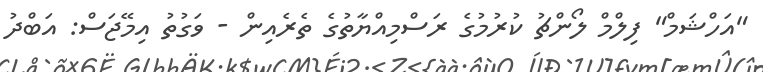
"އަހްޝަމް" ފިލްމް ލޯންޗު ކުރުމުގެ ރަސްމިއްޔާތުގެ ތެރެއިން - ވަގުތު އިމޭޖަސް: އަބްދު